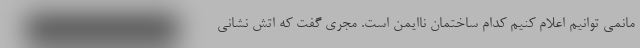
مانمی توانیم اعلام کنیم کدام ساختمان ناایمن است. مجری گفت که اتش نشانی